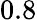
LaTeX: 0.8